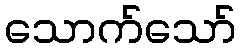
သောက်သော်